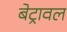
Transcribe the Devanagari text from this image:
बेट्रावल